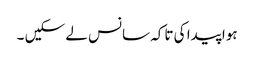
ہوا پیدا کی تاکہ سانس لے سکیں ۔